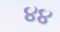
૪૪